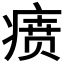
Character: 𬏷